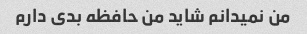
من نمیدانم شاید من حافظه بدی دارم